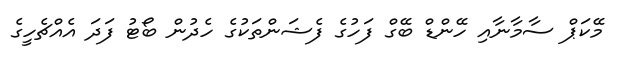
މޭކަޕް ސާމާނާއި ހޭންޑް ބޭގް ފަހުގެ ފެޝަންތަކުގެ ހެދުން ބޯޓު ފަދަ އެއްޗެހީގެ